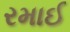
રમાઈ